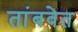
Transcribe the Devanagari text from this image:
तांबवेत